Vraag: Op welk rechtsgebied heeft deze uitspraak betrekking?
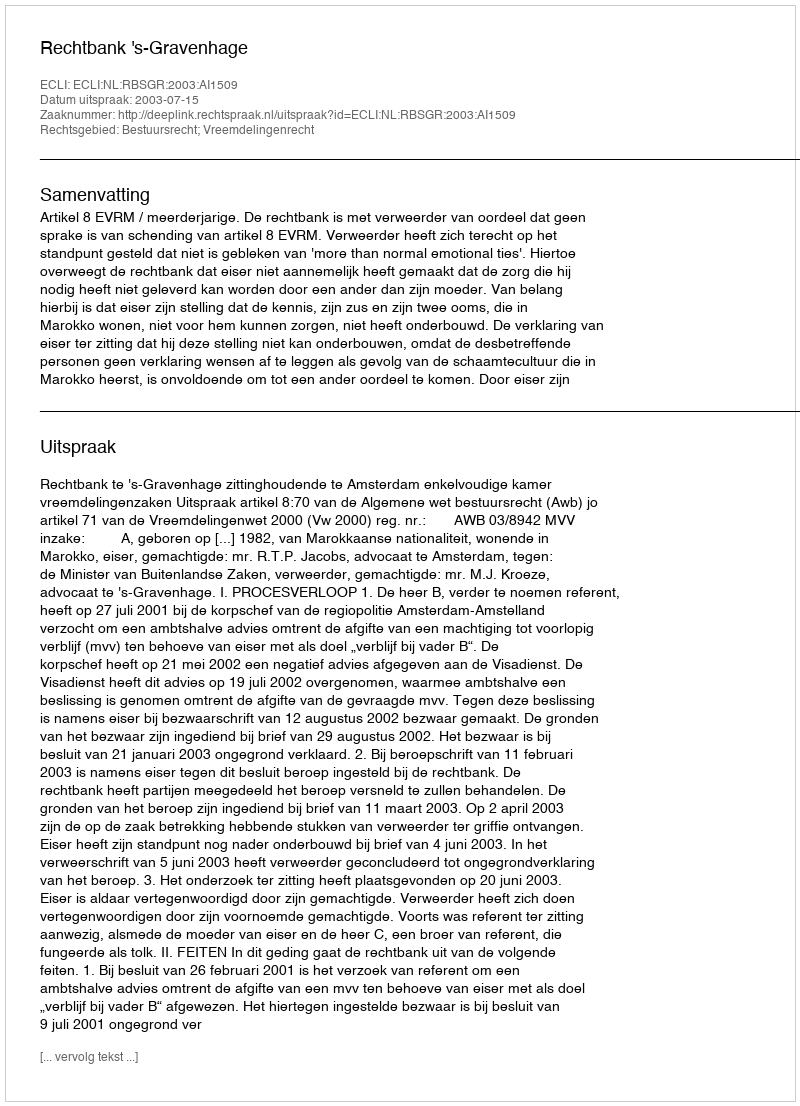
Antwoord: Bestuursrecht; Vreemdelingenrecht